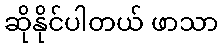
ဆိုနိုင်ပါတယ် ဖာသာ